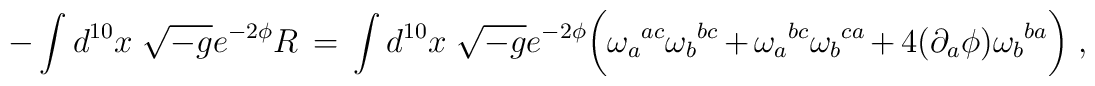
- \int d^{10}x\ \sqrt {-g}e^{-2\phi}R \, =\, \int d^{10}x\ \sqrt {-g}e^{-2\phi}\biggl (\omega_a{}^{ac}\omega_b{}^{bc} + \omega_a{}^{bc}\omega_b{}^{ca}+ 4 (\partial_a\phi)\omega_b{}^{ba} \biggr ) \ ,